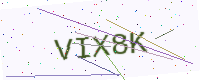
Text: VIX8K